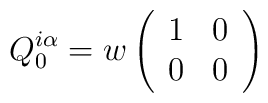
Q^{i \alpha}_0 = w \left(\begin{array}{cc} 1 & 0 \\ 0 & 0 \\\end{array}\right)